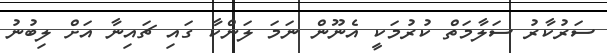
ސަރުކާރު ސަލާމަތް ކުރުމަކީ އެނޫން ނަމަ ލަންކާ ގައި ޗައިނާ އަށް ލިބުނު